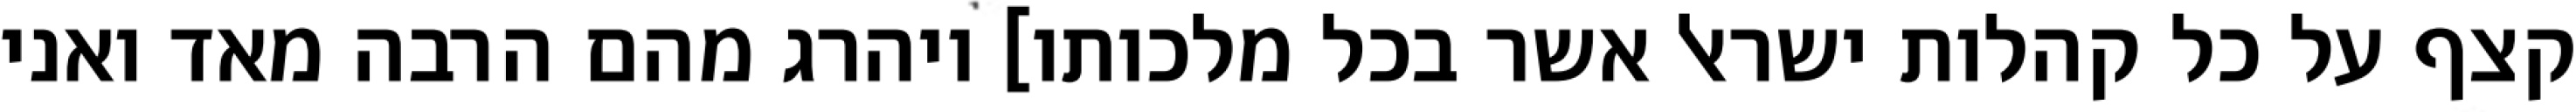
קצף על כל קהלות ישראל אשר בכל מלכותו] ויהרג מהם הרבה מאד ואני